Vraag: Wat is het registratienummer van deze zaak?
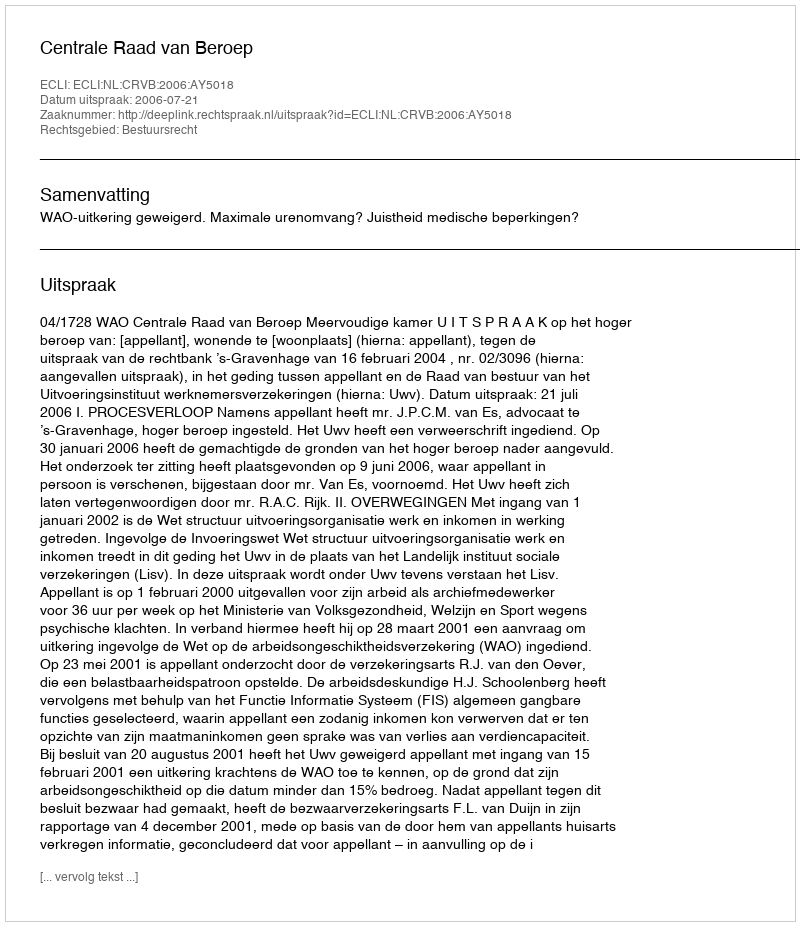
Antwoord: http://deeplink.rechtspraak.nl/uitspraak?id=ECLI:NL:CRVB:2006:AY5018